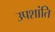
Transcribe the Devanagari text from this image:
उपशांति